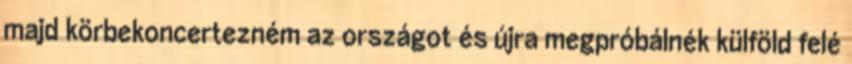
majd körbekoncertezném az országot és újra megpróbálnék külföld felé